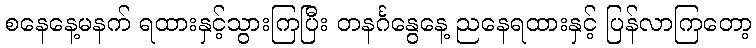
စနေနေ့မနက် ရထားနှင့်သွားကြပြီး တနင်္ဂနွေနေ့ ညနေရထားနှင့် ပြန်လာကြတော့